Report of the Indian Hemp Drugs Commission, 1894-1895 - Volume VI
Year: 1894
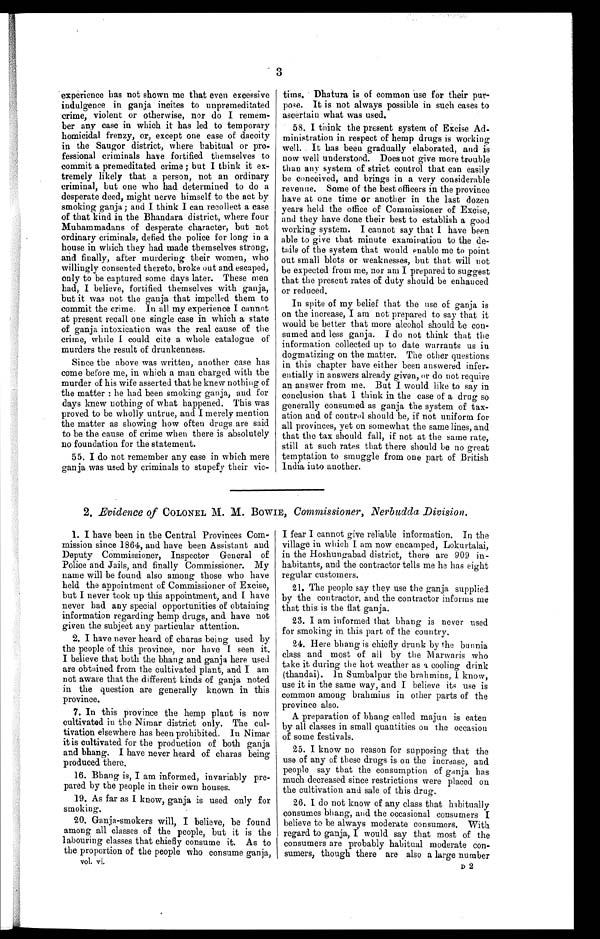
3
experience has not shown me that even excessive
indulgence in ganja incites to unpremeditated
crime, violent or otherwise, nor do I remem-
- b e r a n y c a s e i n w h i c h i t h a s l e d t o t e m p o r a r y
homicidal frenzy, or, except one case of dacoity
in the Saugor district, where habitual or pro-
- f e s s i o n a l c r i m i n a l s h a v e f o r t i f i e d t h e m s e l v e s t o
commit a premeditated crime ; but I think it ex-
tremely likely that a person, not an ordinary
criminal, but one who had determined to do a
desperate deed, might nerve himself to the act by
smoking ganja ; and I think I can recollect a case
of that kind in the Bhandara district, where four
Muhammadans of desperate character, but not
ordinary criminals, defied the police for long in a
house in which they had made themselves strong,
and finally, after murdering their women, who
willingly consented thereto, broke out and escaped,
only to be captured some days later. These men
had, I believe, fortified themselves with ganja,
but it was not the ganja that impelled them to
commit the crime. In all my experience I cannot
at present recall one single case in which a state
of ganja intoxication was the real cause of the
crime, while I could cite a whole catalogue of
murders the result of drunkenness.
Since the above was written, another case has
come before me, in which a man charged with the
murder of his wife asserted that he knew nothing of
the matter : he had been smoking ganja, and for
days knew nothing of what happened. This was
proved to be wholly untrue, and I merely mention
the matter as showing how often drugs are said
to be the cause of crime when there is absolutely
no foundation for the statement.
55. I do not remember any case in which mere
ganja was used by criminals to stupefy their vic-
tims. Dhatura is of common use for their pur-
pose. It is not always possible in such cases to
ascertain what was used.
58. I think the present system of Excise Ad-
ministration in respect of hemp drugs is working
well. It has been gradually elaborated, and is
now well understood. Does not give more trouble
than any system of strict control that can easily
be conceived, and brings in a very considerable
revenue. Some of the best officers in the province
have at one time or another in the last dozen
years held the office of Commissioner of Excise,
and they have done their best to establish a good
working system. I cannot say that I have been
able to give that minute examination to the de-
- t a i l s o f t h e s y s t e m t h a t w o u l d e n a b l e m e t o p o i n t
out small blots or weaknesses, but that will not
be expected from me, nor am I prepared to suggest
that the present rates of duty should be enhanced
or reduced.
In spite of my belief that the use of ganja is
on the increase, I am not prepared to say that it
would be better that more alcohol should be con-
sumed and less ganja. I do not think that the
information collected up to date warrants us in
dogmatizing on the matter. The other questions
in this chapter have either been answered infer-
- e n t i a l l y i n a n s w e r s a l r e a d y g i v e n , o r d o n o t r e q u i r e
an answer from me. But I would like to say in
conclusion that I think in the case of a drug so
generally consumed as ganja the system of tax-
ation and of control should be, if not uniform for
all provinces, yet on somewhat the same lines, and
that the tax should fall, if not at the same rate,
still at such rates that there should be no great
temptation to smuggle from one part of British
India into another.
2 Evidence of COLONEL M. M. BOWIE, Commissioner, Nerbudda Division.
1.
I
have been in the Central Provinces Com-
mission since 1864, and have been Assistant and
Deputy Commissioner, Inspector General of
Police and Jails, and finally Commissioner. My
name will be found also among those who have
held the appointment of Commissioner of Excise,
but I never took up this appointment, and I have
never had any special opportunities of obtaining
information regarding hemp drugs, and have not
given the subject any particular attention.
2. I have never heard of charas being used by
the people of this province, nor have I seen it.
I believe that both the bhang and ganja here used
are obtained from the cultivated plant, and I am
not aware that the different kinds of ganja noted
in the question are generally known in this
province.
7. In this province the hemp plant is now
cultivated in the Nimar district only. The cul--
tivation elsewhere has been prohibited. In Nimar
it is cultivated for the production of both ganja
and bhang. I have never heard of charas being
produced there,
16. Bhang is, I am informed, invariably pre-
pared by the people in their own houses.
19. As far as I know, ganja is used only for
smoking,
20. Ganja-smokers will, I believe, be found
among all classes of the people, but it is the
labouring classes that chiefly consume it. As to
the proportion of the people who consume ganja,
vol. vi.
I fear I cannot give reliable information. In the
village in which I am now encamped, Lokurtalai,
in the Hoshungabad district, there are 909 in-
habitants, and the contractor tells me he has eight
regular customers.
20. The people say they use the ganja supplied
by the contractor, and the contractor informs me
that this is the flat ganja.
23. I am informed that bhang is never used
for smoking in this part of the country.
24. Here bhang is chiefly drunk by the bunnia
class and most of all by the Marwaris who
take it during the hot weather as a cooling drink
(thandai). In Sumbalpur the brahmins, I know,
use it in the same way, and I believe its use is
common among brahmins in other parts of the
province also.
A preparation of bhang called majun is eaten
by all classes in small quantities ou the occasion
of some festivals.
25. I know no reason for supposing that the
use of any of these drugs is on the increase, and
people say that the consumption of ganja has
much decreased since restrictions were placed on
the cultivation and sale of this drug.
26. I do not know of any class that habitually
consumes bhang, and the occasional consumers I
believe to be always moderate consumers. With
regard to ganja, I would say that most of the
consumers are probably habitual moderate con-
sumers, though there are also a large number
D 2